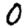
Digit: 0